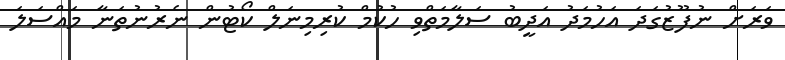
ވަރަށް ނުފޫޒުގަދަ އަހުމަދު އަދީބު ސަލާމަތްވި ހުކުމް ކުރިމިނަލް ކޯޓުން ނެރުނުތަނާ މައްސަލަ